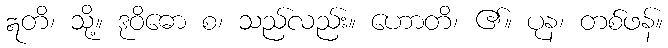
ဣတိ၊ သို့။ ဒုဝိဓော စ၊ သည်လည်း။ ဟောတိ၊ ၏။ ပုန၊ တစ်ဖန်။